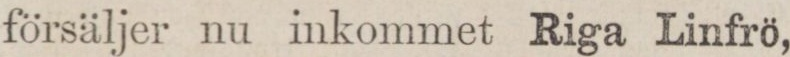
försäljer nu inkommet Riga Linfrö,